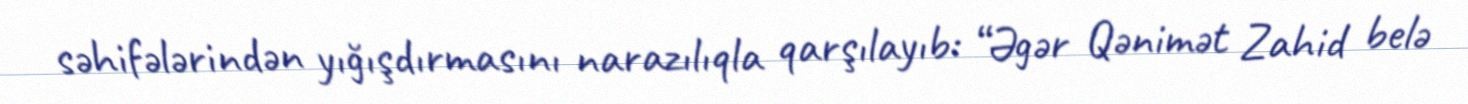
səhifələrindən yığışdırmasını narazılıqla qarşılayıb: “Əgər Qənimət Zahid belə